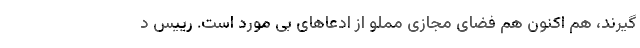
گیرند، هم اکنون هم فضای مجازی مملو از ادعاهای بی مورد است. رییس د